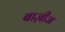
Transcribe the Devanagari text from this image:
बाज़ीज